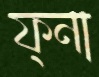
ফ্না